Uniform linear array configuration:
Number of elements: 4
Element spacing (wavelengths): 0.25
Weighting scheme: uniform
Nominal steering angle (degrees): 30
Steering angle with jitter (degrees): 29.384
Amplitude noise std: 0.05
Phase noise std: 0.05

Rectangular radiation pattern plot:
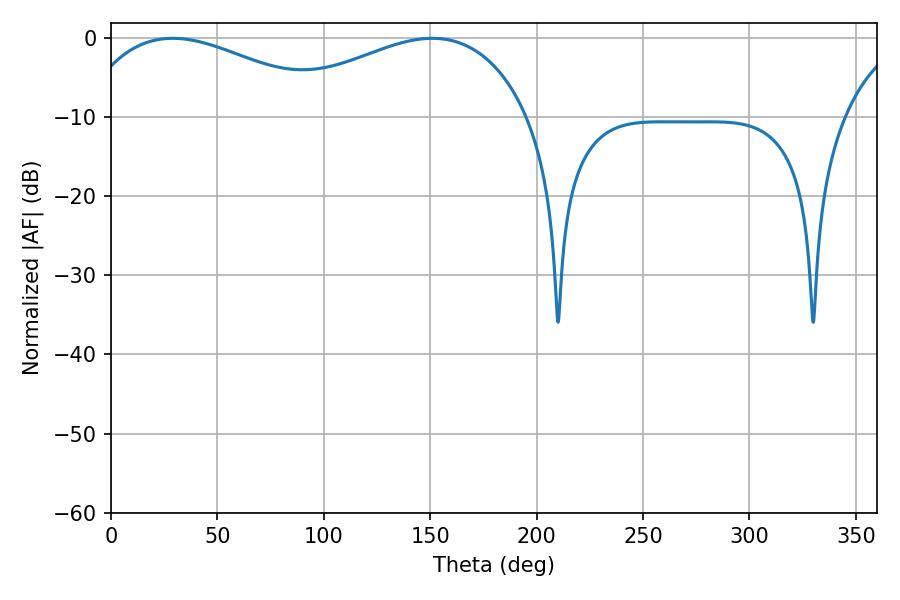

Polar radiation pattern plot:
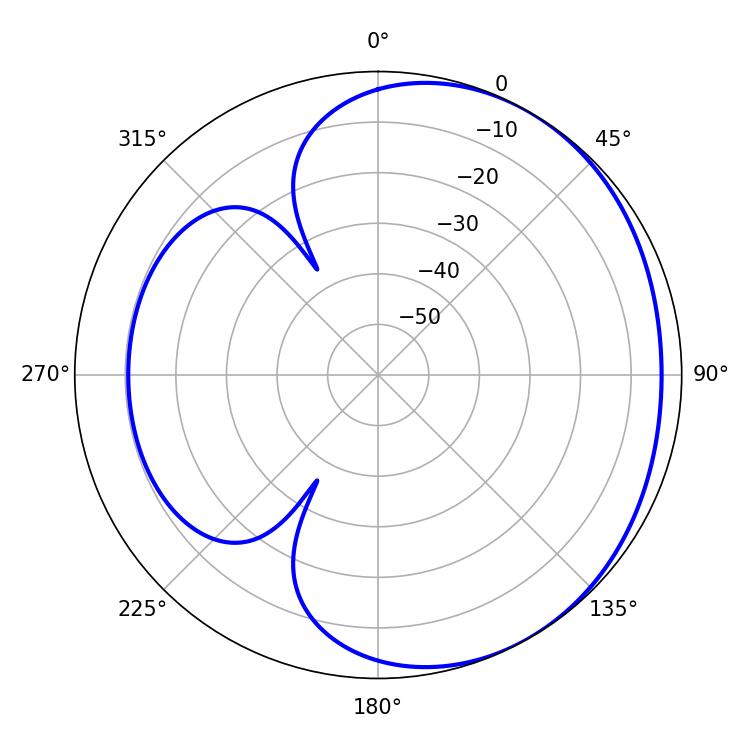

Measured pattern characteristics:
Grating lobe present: FALSE
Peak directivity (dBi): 2.293
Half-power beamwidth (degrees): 67.86
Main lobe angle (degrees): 28.98